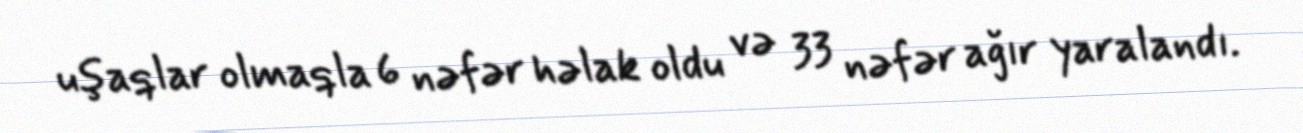
uşaqlar olmaqla 6 nəfər həlak oldu və 33 nəfər ağır yaralandı.